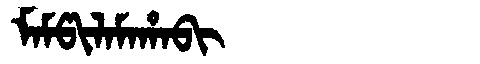
Manchu: ᠮᠠᠮᡦᡳᠯᠠᠮᠠᡥᠠᠪᡳ
Romanization: MAMPILAMAHABI